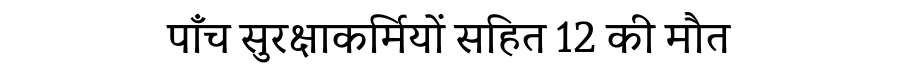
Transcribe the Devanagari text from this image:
पाँच सुरक्षाकर्मियों सहित 12 की मौत